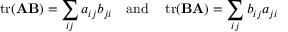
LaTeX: \operatorname { t r } ( \mathbf { A } \mathbf { B } ) = \sum _ { i j } a _ { i j } b _ { j i } \quad { \mathrm { a n d } } \quad \operatorname { t r } ( \mathbf { B } \mathbf { A } ) = \sum _ { i j } b _ { i j } a _ { j i }